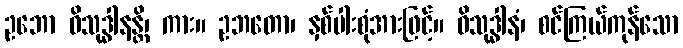
ဥဘော ဝိသုဒ္ဓါနန္တိ၊ ကား။ ဥဘတော၊ နှစ်ပါးစုံအားဖြင့်။ ဝိသုဒ္ဓါနံ၊ စင်ကြယ်ကုန်သော